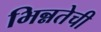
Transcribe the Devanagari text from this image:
भिन्नतेची